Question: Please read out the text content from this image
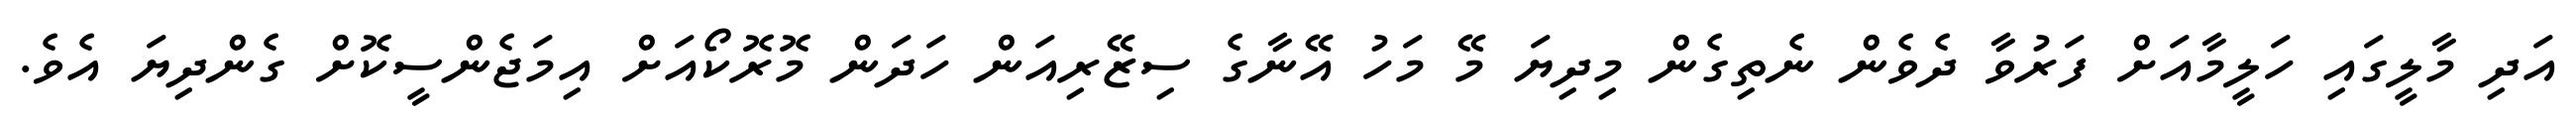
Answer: އަދި މާލީގައި ހަލީމާއަށް ފަރުވާ ދެވެން ނެތިގެން މިދިޔަ މޭ މަހު އޭނާގެ ސިޒޭރިއަން ހަދަން މޮރޮކޯއަށް އިމަޖެންސީކޮށް ގެންދިޔަ އެވެ.